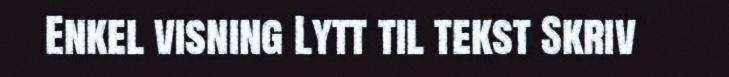
Enkel visning Lytt til tekst Skriv